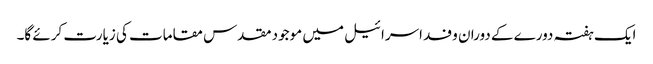
ایک ہفتہ دورے کے دوران وفد اسرائیل میں موجود مقدس مقامات کی زیارت کرئے گا۔